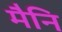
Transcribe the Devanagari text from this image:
मैनि